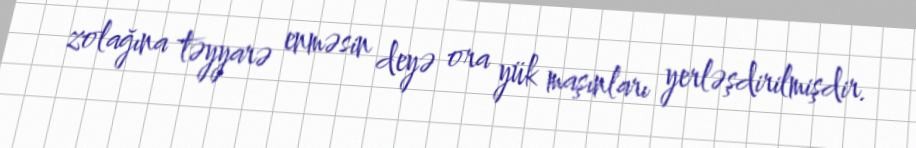
zolağına təyyarə enməsin deyə ora yük maşınları yerləşdirilmişdir.